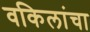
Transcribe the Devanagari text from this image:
वकिलांचा